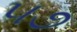
૫૭